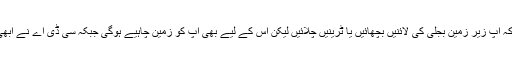
چیف جسٹس نے ریمارکس دیے کہ چونکہ یہ نیا پاکستان بن رہا ہے تو ممکن ہے کہ آپ زیر زمین بجلی کی لائنیں بچھائیں یا ٹرینیں چلائیں لیکن اس کے لیے بھی آپ کو زمین چاہیے ہوگی جبکہ سی ڈی اے نے ابھی تک کوئی پلان جمع نہیں کرایا یا تو جرمانہ لے کر تعمیرات کو ریگولائز کردیں۔